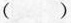
( )